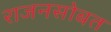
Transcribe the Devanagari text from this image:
राजनसोबत